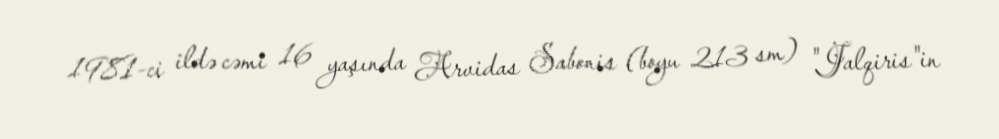
1981-ci ildə cəmi 16 yaşında Arvidas Sabonis (boyu 213 sm) "Jalqiris"in